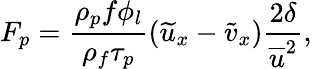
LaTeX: F_{p}=\frac{\rho_{p}f\phi_{l}}{\rho_{f}\tau_{p}}(\widetilde{u}_{x}-\widetilde{v}_{x})\frac{2\delta}{\overline{{u}}^{2}},